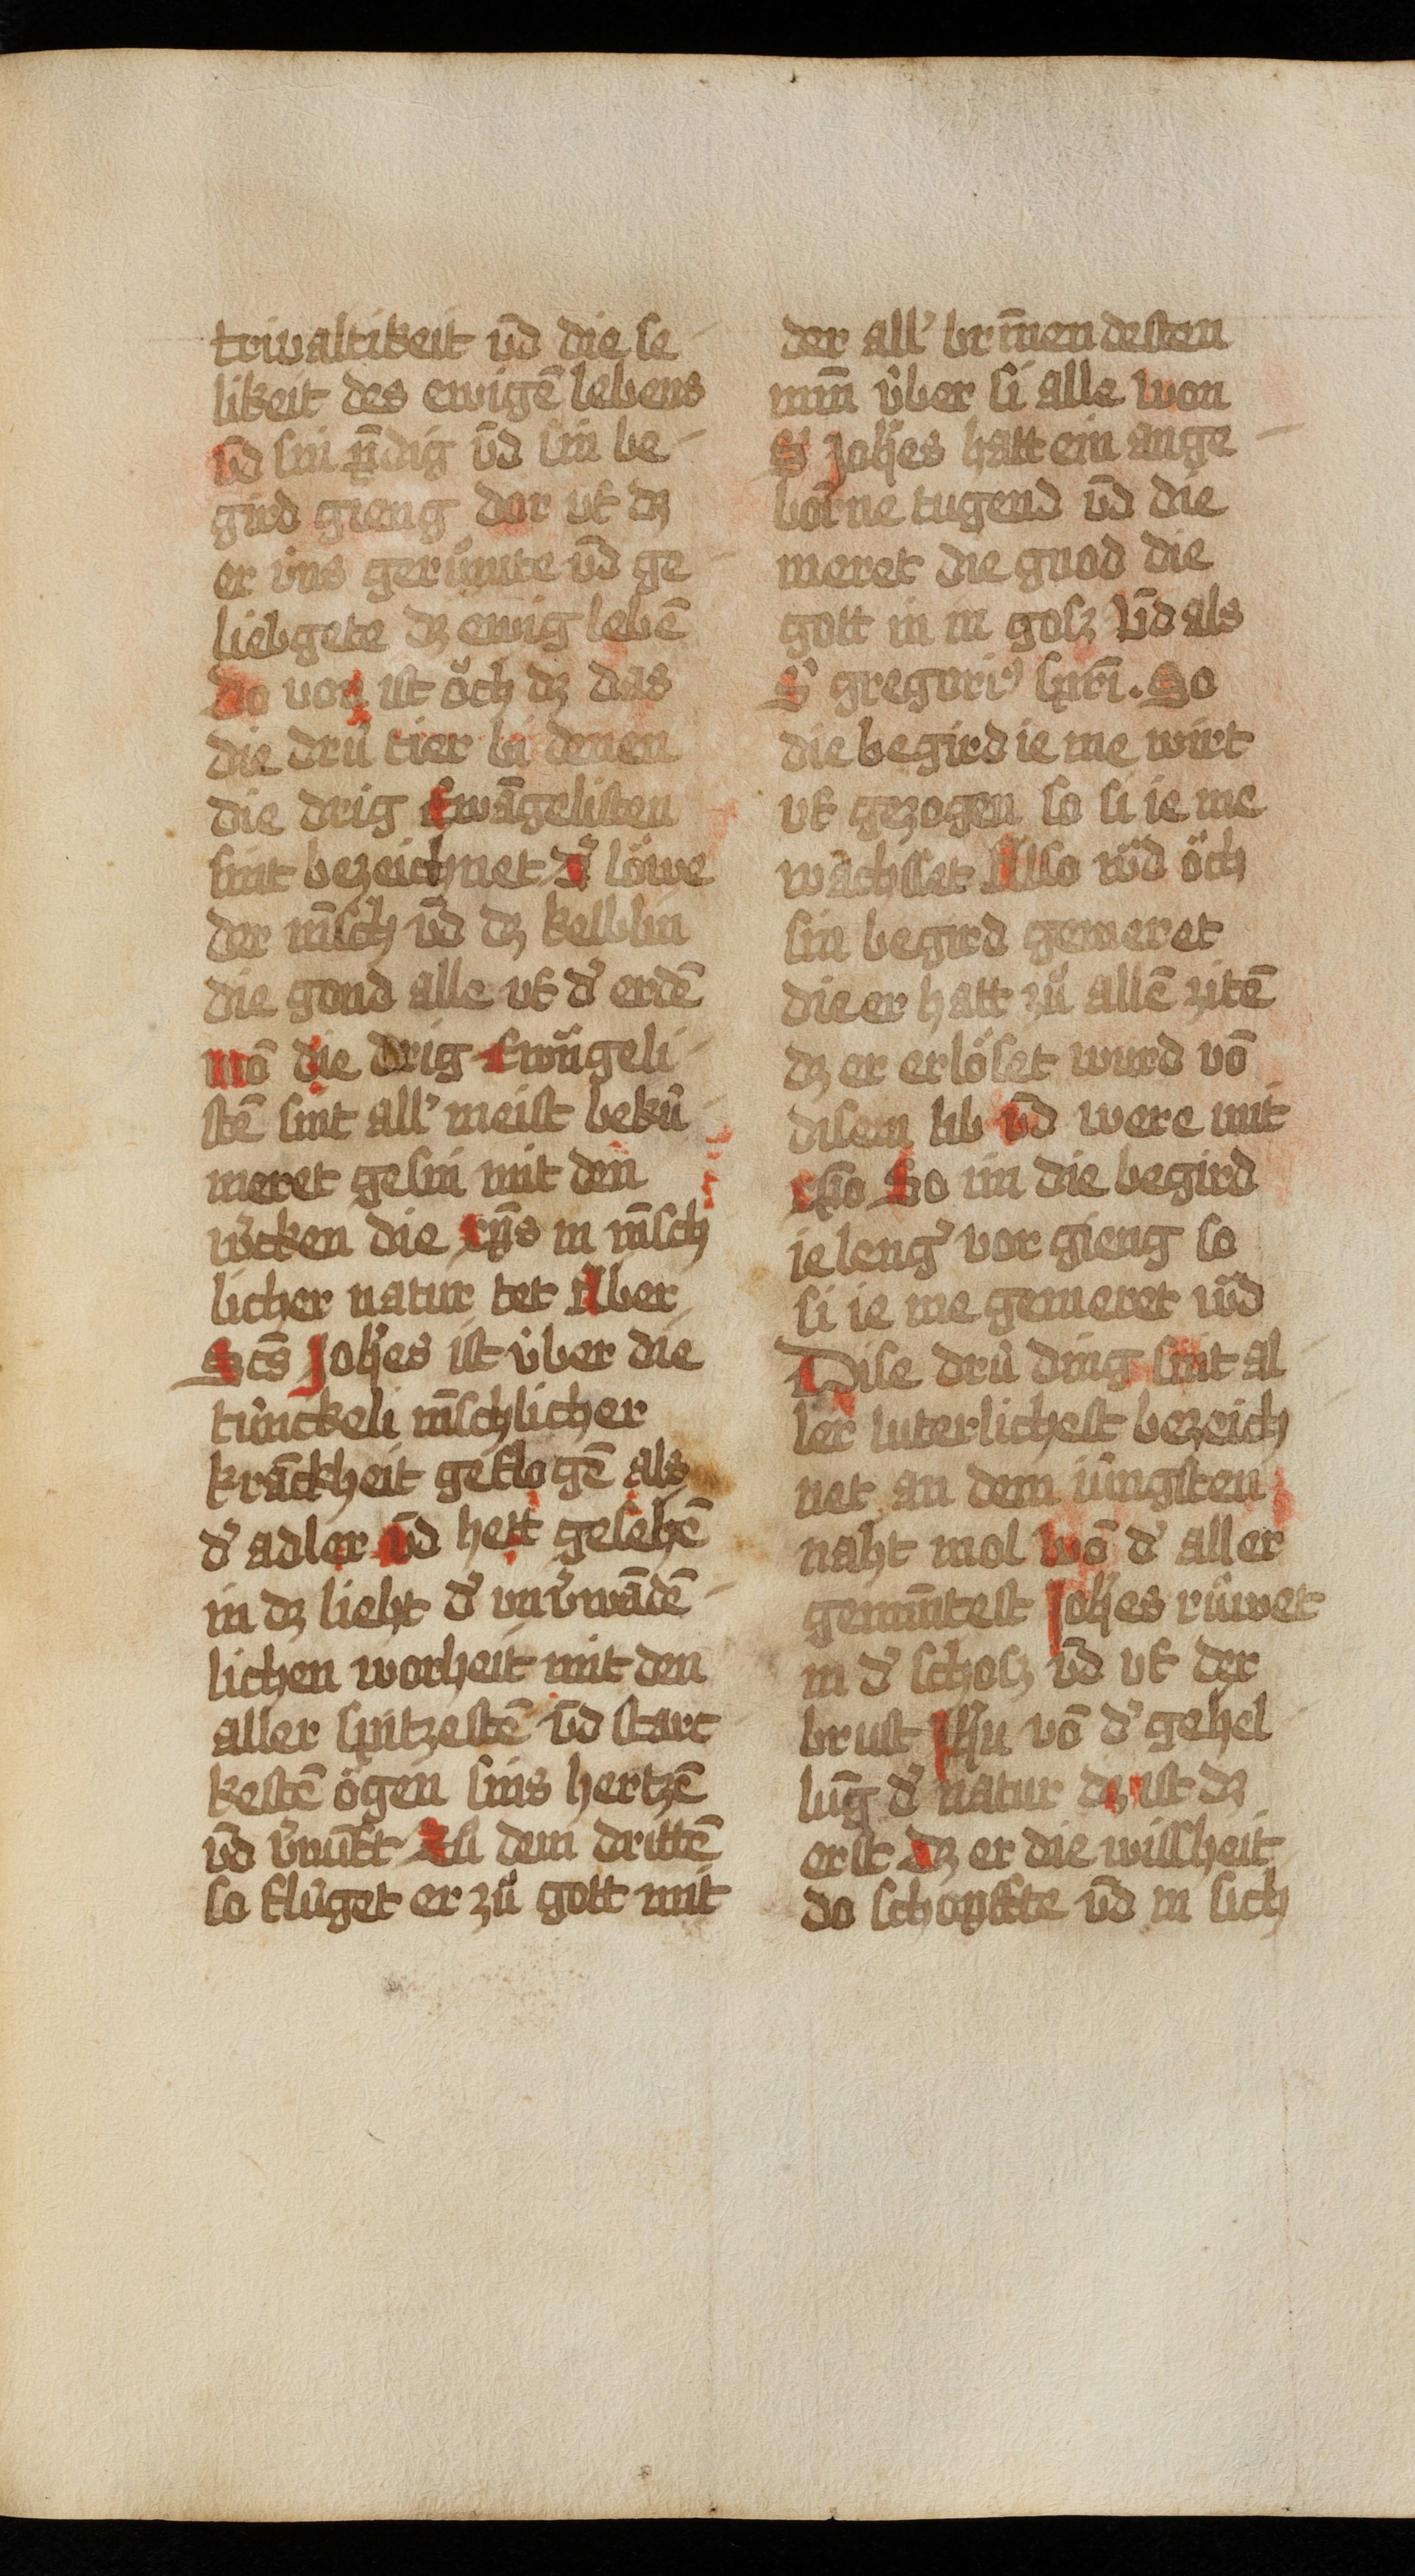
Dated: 1493–1493